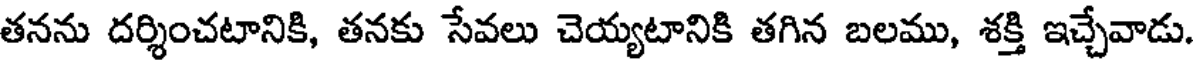
తనను దర్శించటానికి, తనకు సేవలు చెయ్యటానికి తగిన బలము, శక్తి ఇచ్చేవాడు.